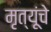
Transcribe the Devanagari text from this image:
मृत्यूंचे